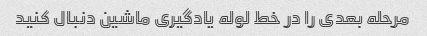
مرحله بعدی را در خط لوله یادگیری ماشین دنبال کنید